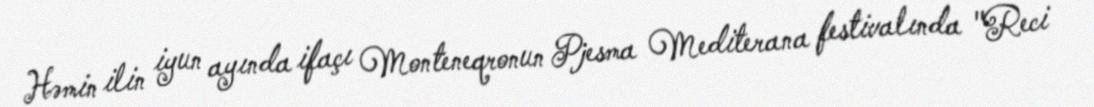
Həmin ilin iyun ayında ifaçı Monteneqronun Pjesma Mediterana festivalında "Reci